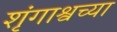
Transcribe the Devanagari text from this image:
शृंगाश्वच्या